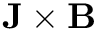
{ \bf J } \times { \bf B }